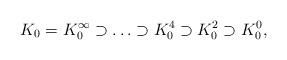
LaTeX: \begin{align*}K_0 =K_0^\infty\supset\ldots\supset K^4_0\supset K^2_0\supset K^0_0,\end{align*}